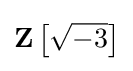
\mathbf {Z} \left[{\sqrt {-3}}\right]